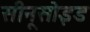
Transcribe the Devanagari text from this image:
सीनूसोइड